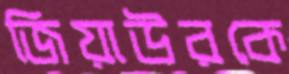
জিয়াউরকে